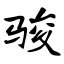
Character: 骏